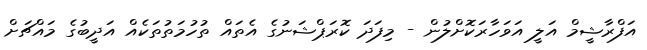
އަފްރާޝީމް އަލީ އަވަހާރަކޮށްލުން - މިފަދަ ކޮރަޕްޝަނުގެ އެތައް ތުހުމަތުތަކެއް އަދީބުގެ މައްޗަށް